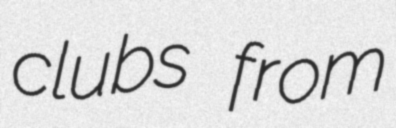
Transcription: clubs from